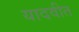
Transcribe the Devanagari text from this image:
यादवीत